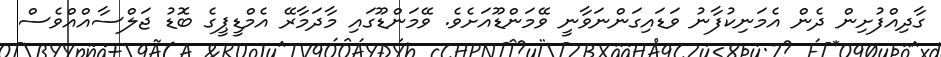
ގާދިއްފުށިން ދެން އެމަނިކުފާނު ވަޑައިގަންނަވާނީ ވޭމަންޑޫއަށެވެ. ވޭމަންޑޫގައި މާދަމާރޭ އެމްޑީޕީގެ ބޮޑު ޖަލްސާއްއްވެސް